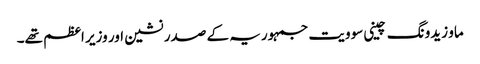
ماو زیدونگ چینی سوویت جمہوریہ کے صدر نشین اور وزیر اعظم تھے۔